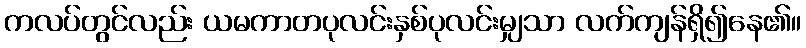
ကလပ်တွင်လည်း ယမကာတပုလင်းနှစ်ပုလင်းမျှသာ လက်ကျန်ရှိ၍နေ၏။